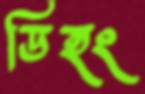
ডিহং